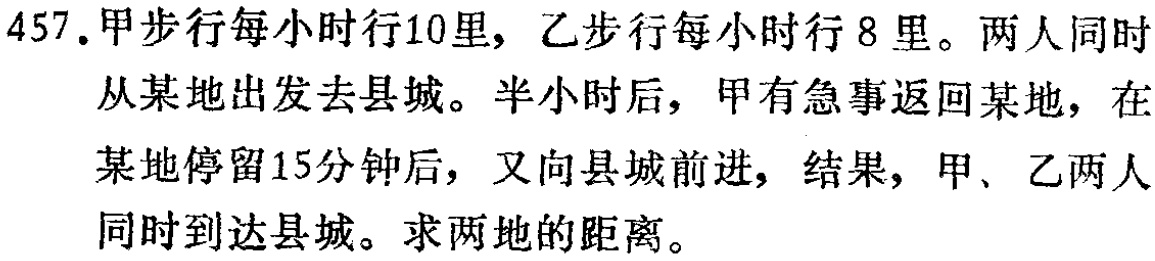
457.甲步行每小时行10里，乙步行每小时行8里。两人同时从某地出发去县城。半小时后，甲有急事返回某地，在某地停留15分钟后，又向县城前进，结果，甲、乙两人同时到达县城。求两地的距离。